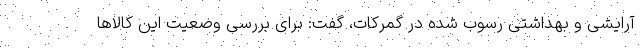
آرایشی و بهداشتی رسوب شده در گمرکات، گفت: برای بررسی وضعیت این کالاها